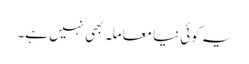
یہ کوئی نیا معاملہ بھی نہیں ہے۔